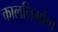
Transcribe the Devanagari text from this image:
कालनिर्माण